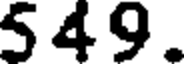
5 49.